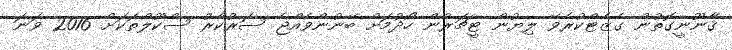
ޤާނޫނީގޮތުން ގެޒެޓްކުރެވޭ ލިޔުން ޓީޗަރުން ހޯދުމަށް ބޭނުންވެއްޖެ ސަރުކާރު ސްކޫލްތަކަށް 2016 ވަނަ